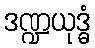
ဒဏ္ဍယုဒ္ဓံ